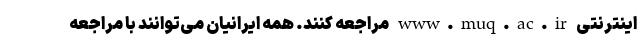
اینترنتی www.muq.ac.ir مراجعه کنند. همه ایرانیان می‌توانند با مراجعه